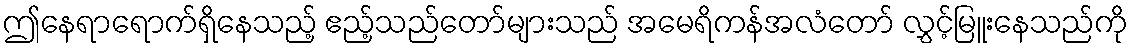
ဤနေရာရောက်ရှိနေသည့် ဧည့်သည်တော်များသည် အမေရိကန်အလံတော် လွှင့်မြူးနေသည်ကို